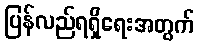
ပြန်လည်ရရှိရေးအတွက်